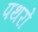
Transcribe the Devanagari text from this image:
पथरों